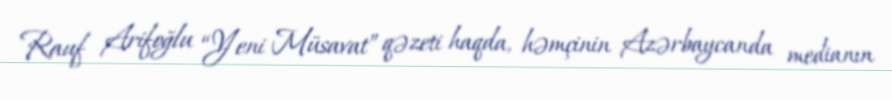
Rauf Arifoğlu “Yeni Müsavat” qəzeti haqda, həmçinin Azərbaycanda medianın